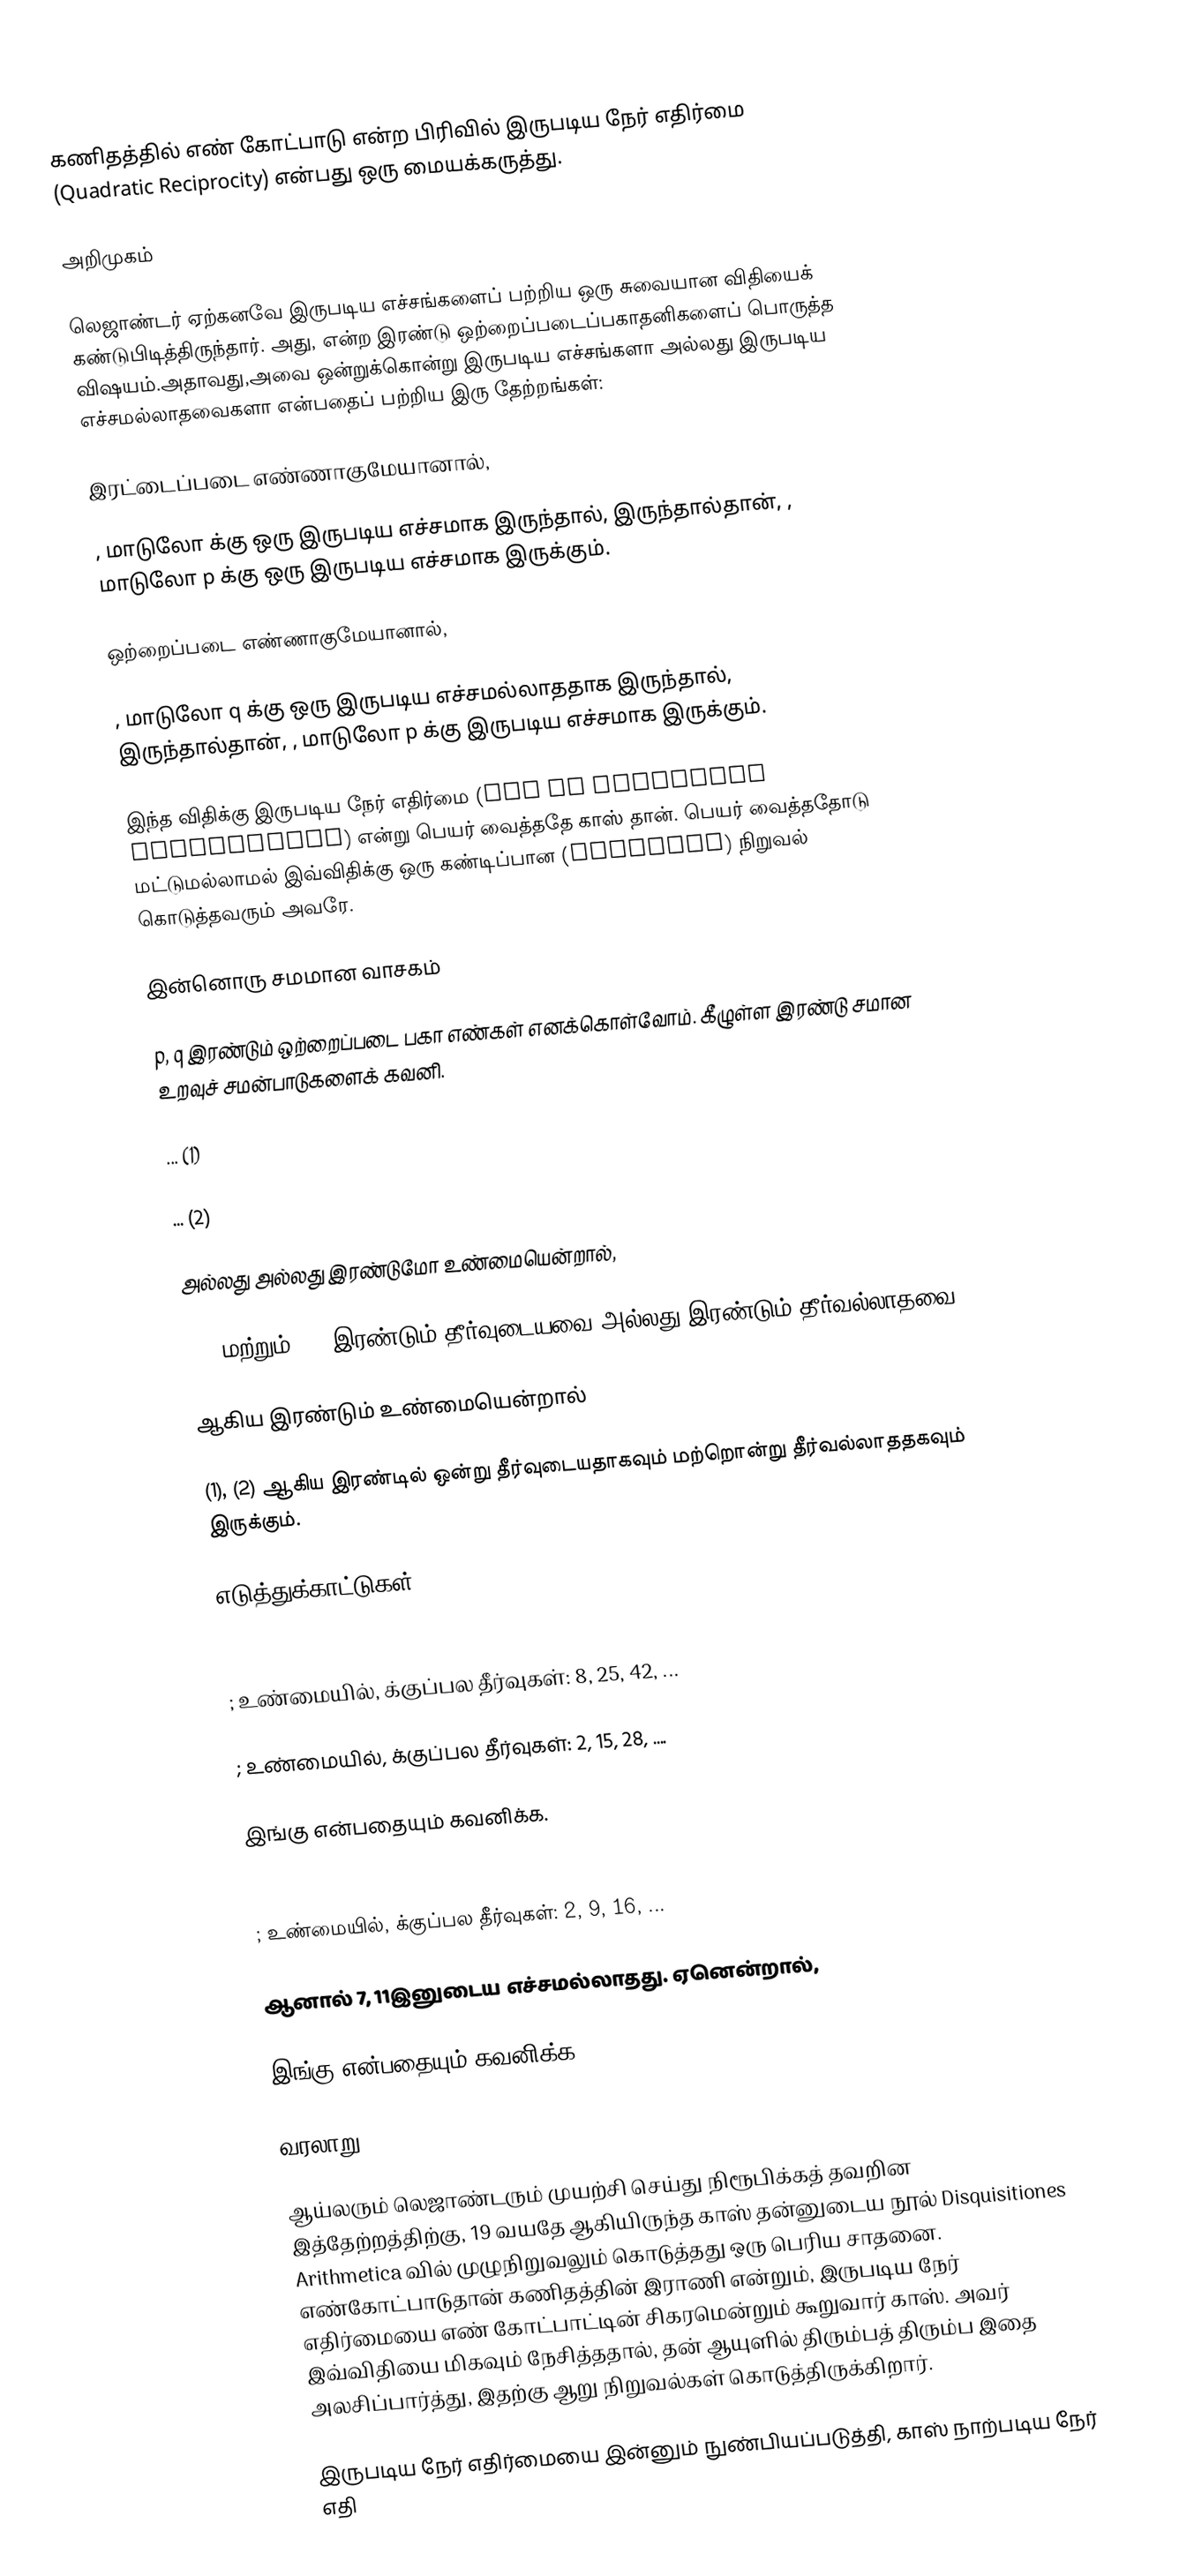
கணிதத்தில் எண் கோட்பாடு என்ற பிரிவில் இருபடிய நேர் எதிர்மை (Quadratic Reciprocity) என்பது ஒரு மையக்கருத்து.

அறிமுகம்

லெஜாண்டர் ஏற்கனவே இருபடிய எச்சங்களைப் பற்றிய ஒரு சுவையான விதியைக் கண்டுபிடித்திருந்தார். அது,  என்ற இரண்டு ஒற்றைப்படைப்பகாதனிகளைப் பொருத்த விஷயம்.அதாவது,அவை ஒன்றுக்கொன்று இருபடிய எச்சங்களா அல்லது இருபடிய எச்சமல்லாதவைகளா என்பதைப் பற்றிய இரு தேற்றங்கள்:

  இரட்டைப்படை எண்ணாகுமேயானால்,

 , மாடுலோ  க்கு ஒரு இருபடிய எச்சமாக இருந்தால், இருந்தால்தான், , மாடுலோ p க்கு ஒரு இருபடிய எச்சமாக இருக்கும்.

  ஒற்றைப்படை எண்ணாகுமேயானால்,

 , மாடுலோ q க்கு ஒரு இருபடிய எச்சமல்லாததாக இருந்தால், இருந்தால்தான், , மாடுலோ p க்கு இருபடிய எச்சமாக  இருக்கும்.

இந்த விதிக்கு இருபடிய நேர் எதிர்மை (Law of Quadratic Reciprocity) என்று பெயர் வைத்ததே காஸ் தான். பெயர் வைத்ததோடு மட்டுமல்லாமல் இவ்விதிக்கு ஒரு கண்டிப்பான (rigorous) நிறுவல் கொடுத்தவரும் அவரே.

இன்னொரு சமமான வாசகம்

p, q இரண்டும் ஒற்றைப்படை பகா எண்கள் எனக்கொள்வோம். கீழுள்ள இரண்டு சமான உறவுச் சமன்பாடுகளைக் கவனி.

 ... (1)

 ... (2)

 அல்லது  அல்லது இரண்டுமோ உண்மையென்றால்,

 (1) மற்றும் (2) இரண்டும் தீர்வுடையவை அல்லது இரண்டும் தீர்வல்லாதவை.

 ஆகிய இரண்டும் உண்மையென்றால்

 (1), (2) ஆகிய இரண்டில் ஒன்று தீர்வுடையதாகவும் மற்றொன்று தீர்வல்லாததகவும் இருக்கும்.

எடுத்துக்காட்டுகள்

; உண்மையில்,  க்குப்பல தீர்வுகள்: 8, 25, 42, ...

; உண்மையில்,  க்குப்பல தீர்வுகள்: 2, 15, 28, ....

இங்கு  என்பதையும் கவனிக்க.

 ; உண்மையில்,  க்குப்பல தீர்வுகள்: 2, 9, 16, ...

ஆனால் 7, 11இனுடைய எச்சமல்லாதது. ஏனென்றால்,

இங்கு  என்பதையும் கவனிக்க.

வரலாறு

ஆய்லரும் லெஜாண்டரும் முயற்சி செய்து நிரூபிக்கத் தவறின இத்தேற்றத்திற்கு, 19 வயதே ஆகியிருந்த காஸ் தன்னுடைய நூல் Disquisitiones Arithmetica வில் முழுநிறுவலும் கொடுத்தது ஒரு பெரிய சாதனை. எண்கோட்பாடுதான் கணிதத்தின் இராணி என்றும், இருபடிய நேர் எதிர்மையை எண் கோட்பாட்டின் சிகரமென்றும் கூறுவார் காஸ். அவர் இவ்விதியை மிகவும் நேசித்ததால், தன் ஆயுளில் திரும்பத் திரும்ப இதை அலசிப்பார்த்து, இதற்கு ஆறு நிறுவல்கள் கொடுத்திருக்கிறார்.

இருபடிய நேர் எதிர்மையை இன்னும் நுண்பியப்படுத்தி, காஸ் நாற்படிய நேர் எதி